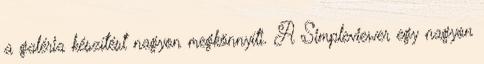
a galéria készítést nagyon megkönnyíti. A Simpleviewer egy nagyon